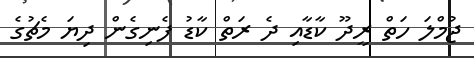
ޖުމްލަ ހަތް ރީދޫ ކާޑާއި ދެ ރަތް ކާޑު ފެނިގެން ދިޔަ މެޗުގެ